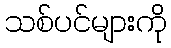
သစ်ပင်များကို